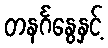
တနင်္ဂနွေနှင့်